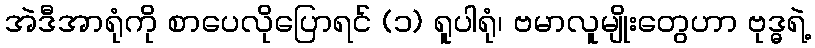
အဲဒီအာရုံကို စာပေလိုပြောရင် (၁) ရူပါရုံ၊ ဗမာလူမျိုးတွေဟာ ဗုဒ္ဓရဲ့